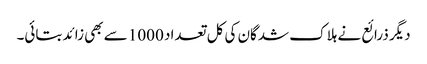
دیگر ذرائع نے ہلاک شدگان کی کل تعداد 1000 سے بھی زائد بتائی۔